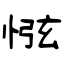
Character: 惤